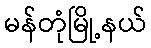
မန်တုံမြို့နယ်